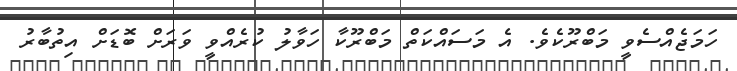
ހަމަޖެއްސެވީ މަބްރޫކެވެ. އެ މަސައްކަތް މަބްރޫކާ ހަވާލު ކުރެއްވީ ވަރަށް ބޮޑަށް އިތުބާރު